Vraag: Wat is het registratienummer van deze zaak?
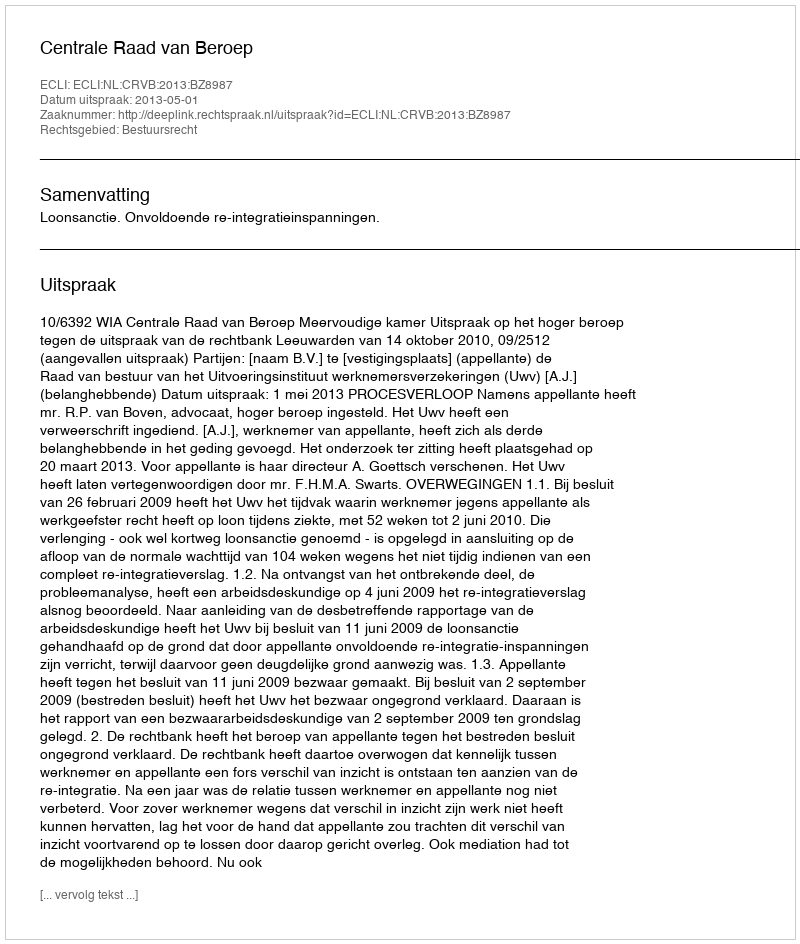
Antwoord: http://deeplink.rechtspraak.nl/uitspraak?id=ECLI:NL:CRVB:2013:BZ8987